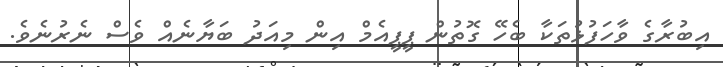
އިބުރާގެ ވާހަފުޅުތަކާ ބެހޭ ގޮތުން ޕީޕީއެމް އިން މިއަދު ބަޔާނެއް ވެސް ނެރުނެވެ.